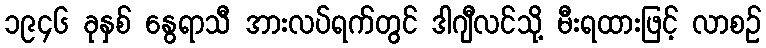
၁၉၄၆ ခုနှစ် နွေရာသီ အားလပ်ရက်တွင် ဒါဂျီလင်သို့ မီးရထားဖြင့် လာစဉ်